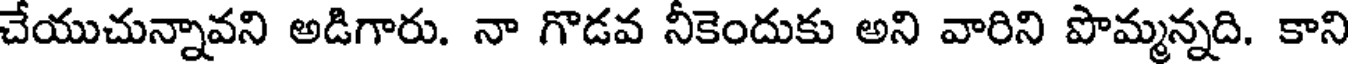
చేయుచున్నావని అడిగారు. నా గొడవ నీకెందుకు అని వారిని పొమ్మన్నది. కాని